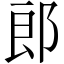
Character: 郎